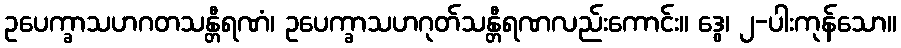
ဥပေက္ခာသဟဂတသန္တီရဏံ၊ ဥပေက္ခာသဟဂုတ်သန္တီရဏလည်းကောင်း။ ဒွေ၊ ၂-ပါးကုန်သော။